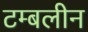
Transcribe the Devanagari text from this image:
टम्बलीन